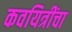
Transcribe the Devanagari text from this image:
कवयित्रींचा